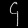
Digit: ၄